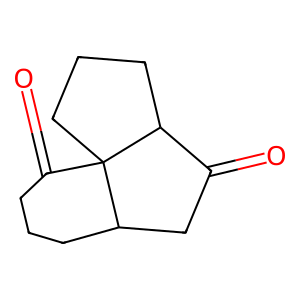
SMILES: O=C1CC2CCCC(=O)C23CCCC13
Inhibits HIV replication: No